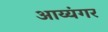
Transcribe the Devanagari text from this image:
अाय्यंगर